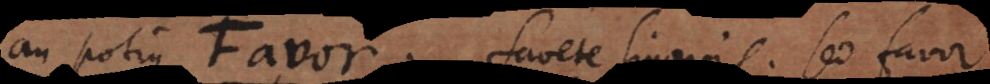
An potius Favor. Favete linguis. Sed favor